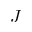
J